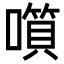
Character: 𡀹